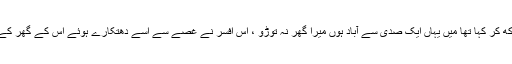
ایک بوڑھی عورت نے کیپٹل ڈیلوپمنٹ اتھارٹی کے ایک اافسر کی ٹھوڑی پر ہاتھ رکھ کر کہا تھا میں یہاں ایک صدی سے آباد ہوں میرا گھر نہ توڑو ، اس افسر نے غصے سے اسے دھتکارے ہوئے اس کے گھر کے ملبے کی طرٖف اشارہ کرتے ہوئے کہا تھا جاؤ اپنا کوڑا یہاں سے اٹھا کر لے جاؤ ۔